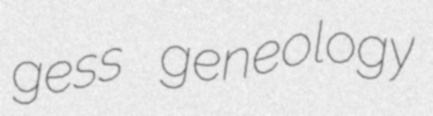
gess geneology